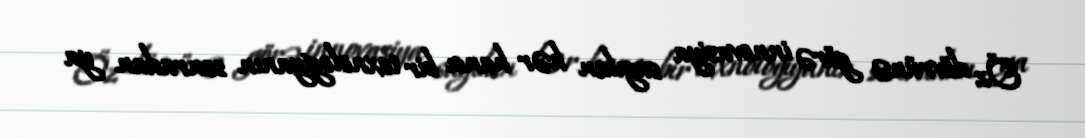
Öz dövrünə görə innovasiya sayılan hər hansı bir texnologiyanın sonradan ya